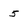
Character: 5